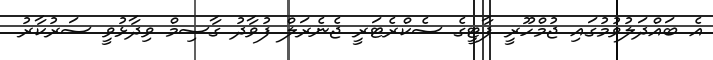
އެ ބައްދަލުވުމުގައި ޖުމްހޫރީ ޕާޓީގެ ސެކްރެޓަރީ ޖެނެރަލް ފުވާދު ގާސިމް ވިދާޅުވީ ސަރުކާރު